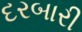
દરબારી